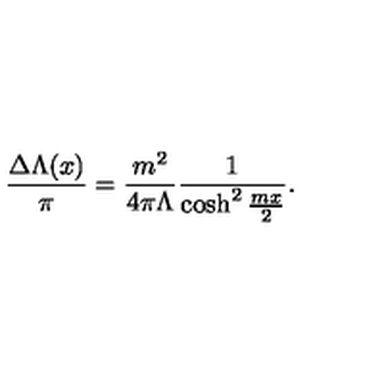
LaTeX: \frac { \Delta \Lambda ( x ) } { \pi } = \frac { m ^ { 2 } } { 4 \pi \Lambda } \frac { 1 } { \cosh ^ { 2 } \frac { m x } { 2 } } .